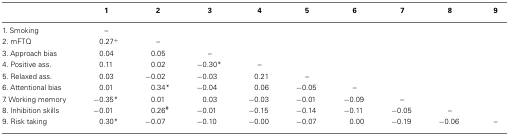
<table><thead><tr><td></td><td><b>1</b></td><td><b>2</b></td><td><b>3</b></td><td><b>4</b></td><td><b>5</b></td><td><b>6</b></td><td><b>7</b></td><td><b>8</b></td><td><b>9</b></td></tr></thead><tbody><tr><td>1. Smoking</td><td>–</td><td></td><td></td><td></td><td></td><td></td><td></td><td></td><td></td></tr><tr><td>2. mFTQ</td><td>0.27<sup>+</sup></td><td>–</td><td></td><td></td><td></td><td></td><td></td><td></td><td></td></tr><tr><td>3. Approach bias</td><td>0.04</td><td>0.05</td><td>–</td><td></td><td></td><td></td><td></td><td></td><td></td></tr><tr><td>4. Positive ass.</td><td>0.11</td><td>0.02</td><td>−0.30*</td><td>–</td><td></td><td></td><td></td><td></td><td></td></tr><tr><td>5. Relaxed ass.</td><td>0.03</td><td>−0.02</td><td>−0.03</td><td>0.21</td><td>–</td><td></td><td></td><td></td><td></td></tr><tr><td>6. Attentional bias</td><td>0.01</td><td>0.34*</td><td>−0.04</td><td>0.06</td><td>−0.05</td><td>–</td><td></td><td></td><td></td></tr><tr><td>7. Working memory</td><td>−0.35*</td><td>0.01</td><td>0.03</td><td>−0.03</td><td>−0.01</td><td>−0.09</td><td>–</td><td></td><td></td></tr><tr><td>8. Inhibition skills</td><td>−0.01</td><td>0.26<sup>#</sup></td><td>−0.01</td><td>−0.15</td><td>−0.14</td><td>−0.11</td><td>−0.05</td><td>–</td><td></td></tr><tr><td>9. Risk taking</td><td>0.30*</td><td>−0.07</td><td>−0.10</td><td>−0.00</td><td>−0.07</td><td>0.00</td><td>−0.19</td><td>−0.06</td><td>–</td></tr></tbody></table>